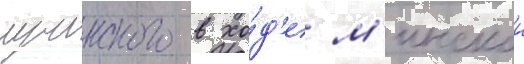
лучинского в хо́д'е м'инскои